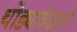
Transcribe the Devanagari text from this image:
थोड्यावेळाने